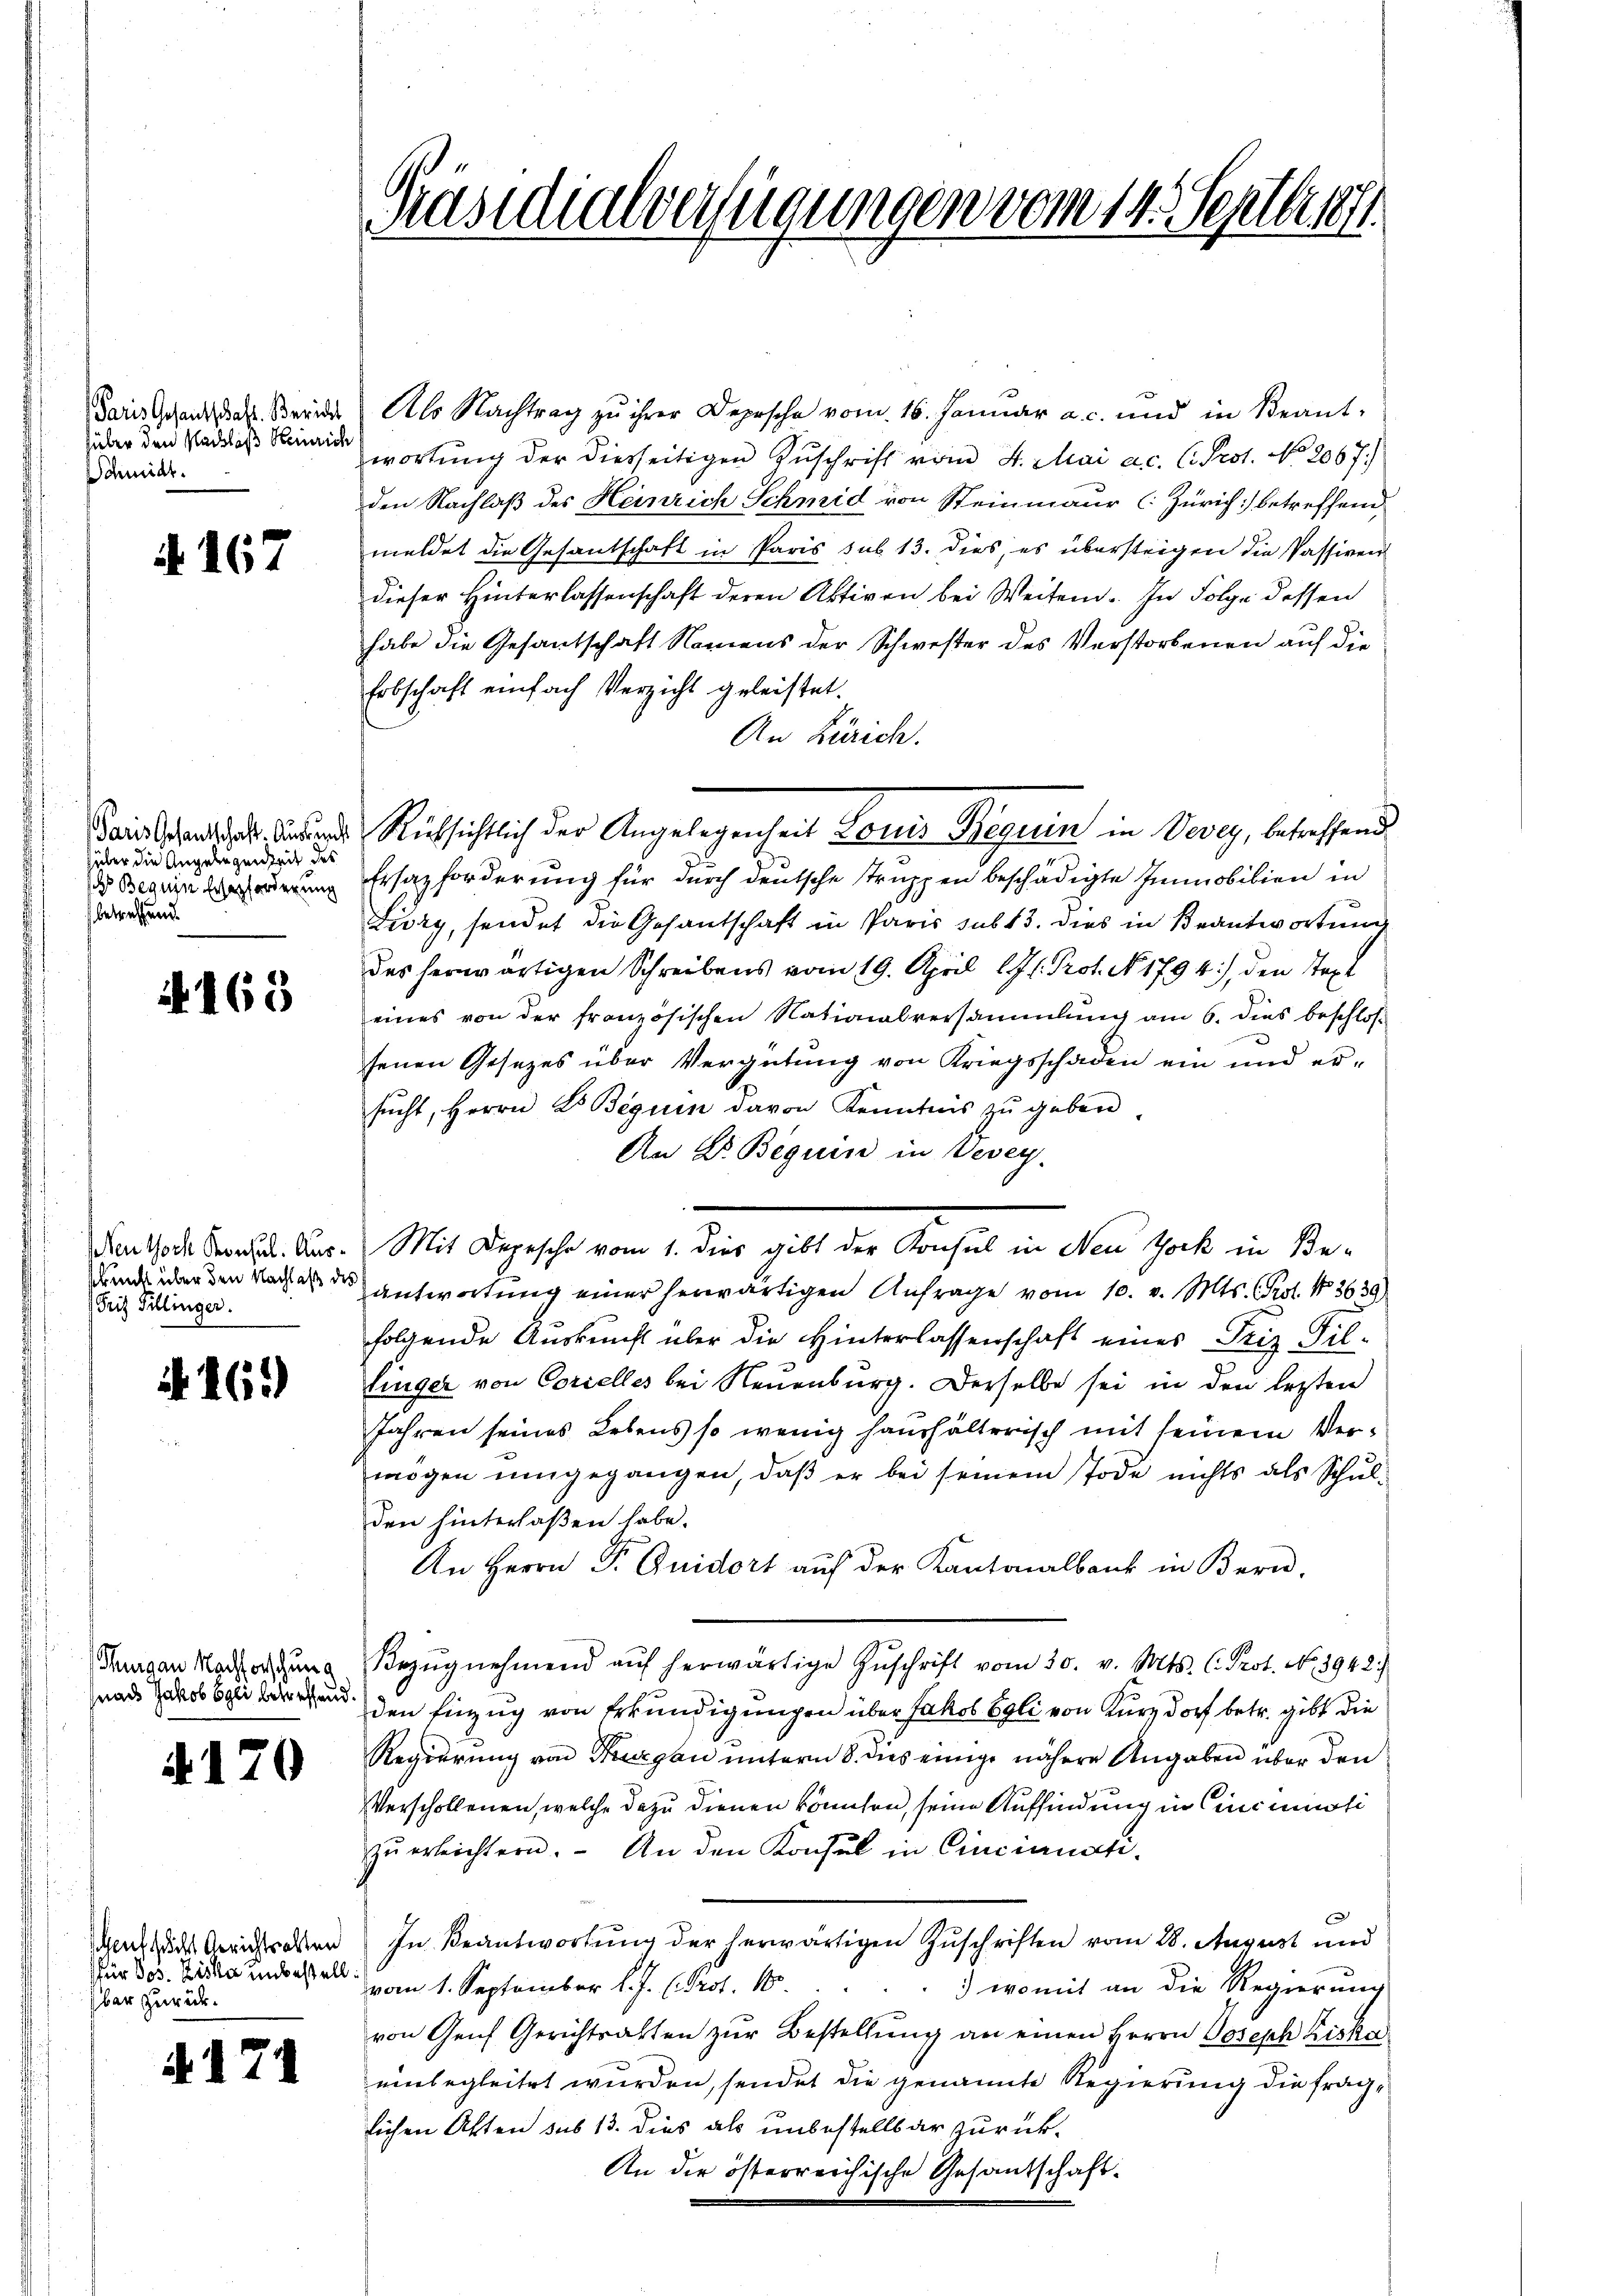
Paris Gesandtschaft. Bericht
hüber den Nachlaß Heinrich
Schmidt.

. 167

über die Angelegenheit des
 Beguin Ersatzforderung
betreffend

4163

Ien Hoch Konsul. Aus¬
Fritz Tillinger.

N 16.

Thurgau Nachforschung
nach Jakob Egli betreffend.

170

hens sicht Gerichtsalten
für Jos. Ziska unbestell
ber zurück¬

N. 174

Präsidialverfügungen vom 14. Septbr.

Als Nachtrag zu ihrer Depesche vom 16. Januar a. c. und in Beant-
wortŭng der diesseitigen Zŭschrift vom 4. Mai a.c. C. Prot. No. 2067.)
den Nachlaß des Heinrich Schmid von Steinmaur (Zürich) betreffend
meldet die Gesantschaft in Paris sub 13. dies, es übersteigen die Passiven
dieser Hinterlassenschaft deren Aktiven bei Weiten. In Folge dessen
habe die Gesantschaft Namens der Schwester des Verstorbenen auf die
Erbschaft einfach Verzicht geleistet.
An Zürich.
. Rücksichtlich der Angelegenheit Louis Reguin in Vevey, betreffend
Ersatzforderung für durch deutsche Truppen beschädigte Immobilien in
Livry, sendet die Gesantschaft in Paris sub 13. dies in Beantwortung
des herwärtigen Schreibens vom 19. April l. J. Prot. N. 1794), den Staxt
eines von der französischen Nationalversammlung am 6. dies beschlos-
senen Gesezes über Vergütung von Kriegsschaden ein und ersucht, Herrn Dr Beguin davon Kenntnis zŭ geben.
An Dr. Beguin in Vevey
Mit Depesche vom 1. der gelt der Konsul in den Schaft in Bends über den Nachter des antwortung einer herwärtigen Anfrage vom 10. v. Mts. Prof. No 8639)
folgende Auskunft über die Hinterlassenschaft eines Friz Fil-
tinger von Corielles bei Neuenburg. Derselbe sei in den letzten
Jahren seines Lebens so wenig haushälterisch mit seinem Vermögen umgegangen, daß er bei seinem Tode nichts als Schulden hinterlaßen habe.
An Herrn Dr. Quidort auf der Kantonalbank in Bern,
Bezŭgnehmend aŭf herwärtige Zŭschrift vom 30. v. Mts. C. Prot. No 3942.)
den Einzug von Erkundigungen über Jakob Egli von Kurzdorf betr. gibt die
Regierung von Thurgau unterm 8. dies einige nähere Angaben über den
Verschollenen, welche dazu dienen könnten, seine Auffindung in Cincimoti
zŭ erleichtern. An den Konsul in Cincianati-
In Beantwortung der herwärtigen Zuschriften vom 28. August und
vom 1. September l. J. (Prot. 10.
 womit an die Regierung
von Genf Gerichtsalten zŭr Bestellŭng an einen Herrn Joseph Kiska
einbegleitet wurden, sendet die genannte Regierung die fraglichen Akten sub 13. dies als unbestellbar zurück¬
An die österreichische Gesandschaft¬